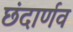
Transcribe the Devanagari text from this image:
छंदार्णव